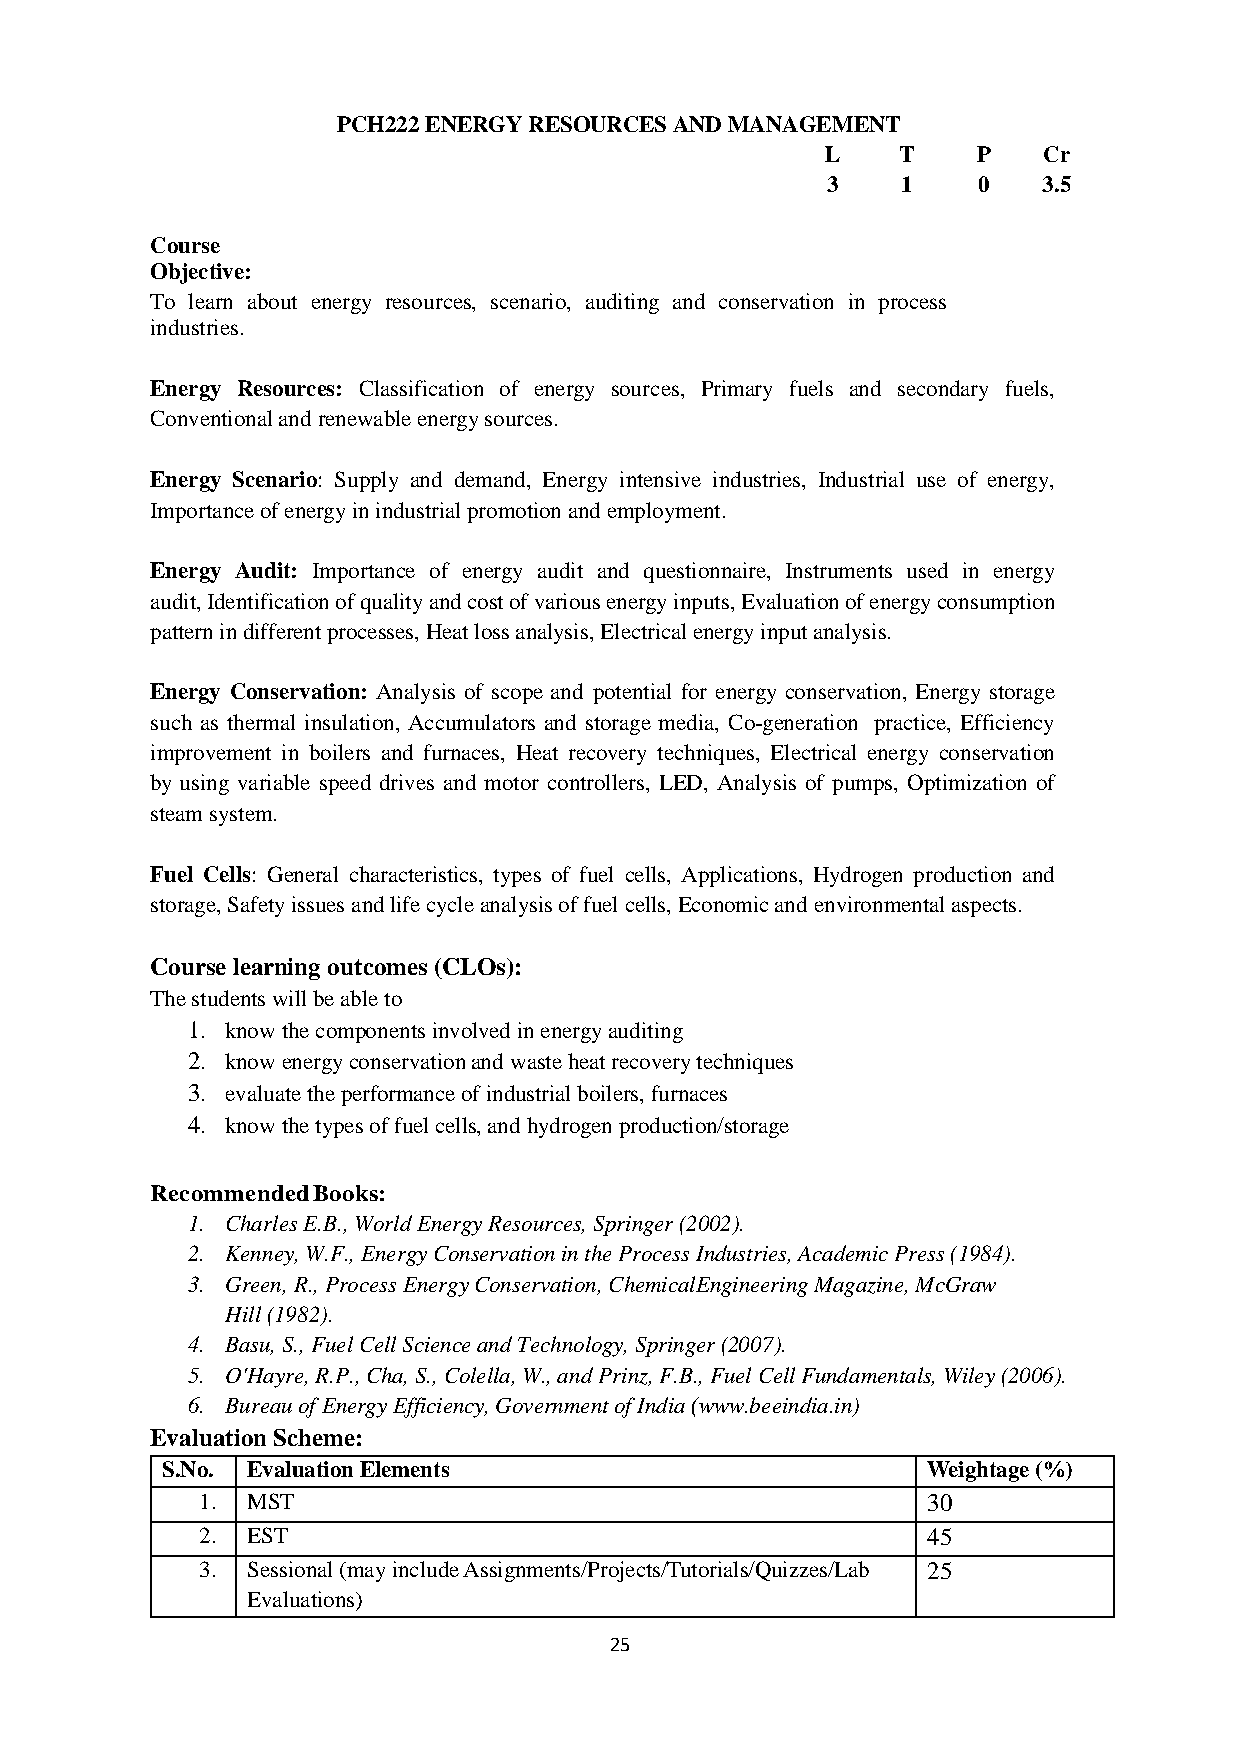
PCH222 ENERGY RESOURCES AND MANAGEMENT
 L   T     P   Cr
 3    1    0   3.5
 Course
 Objective:
 To learn about energy resources, scenario, auditing and conservation in process
 industries.
 Energy Resources: Classification of energy sources, Primary fuels and secondary fuels,
 Conventional and renewable energy sources.
 Energy Scenario: Supply and demand, Energy intensive industries, Industrial use of energy,
 Importance of energy in industrial promotion and employment.
 Energy Audit: Importance of energy audit and questionnaire, Instruments used in energy
 audit, Identification of quality and cost of various energy inputs, Evaluation of energy consumption
 pattern in different processes, Heat loss analysis, Electrical energy input analysis.
 Energy Conservation: Analysis of scope and potential for energy conservation, Energy storage
 such as thermal insulation, Accumulators and storage media, Co-generation practice, Efficiency
 improvement in boilers and furnaces, Heat recovery techniques, Electrical energy conservation
 by using variable speed drives and motor controllers, LED, Analysis of pumps, Optimization of
 steam system.
 Fuel Cells: General characteristics, types of fuel cells, Applications, Hydrogen production and
 storage, Safety issues and life cycle analysis of fuel cells, Economic and environmental aspects.
 Course learning outcomes (CLOs):
 The students will be able to
 1. know the components involved in energy auditing
 2. know energy conservation and waste heat recovery techniques
 3. evaluate the performance of industrial boilers, furnaces
 4. know the types of fuel cells, and hydrogen production/storage
 Recommended Books:
 1. Charles E.B., World Energy Resources, Springer (2002).
 2. Kenney, W.F., Energy Conservation in the Process Industries, Academic Press (1984).
 3. Green, R., Process Energy Conservation, ChemicalEngineering Magazine, McGraw
 Hill (1982).
 4. Basu, S., Fuel Cell Science and Technology, Springer (2007).
 5. O'Hayre, R.P., Cha, S., Colella, W., and Prinz, F.B., Fuel Cell Fundamentals, Wiley (2006).
 6. Bureau of Energy Efficiency, Government of India (www.beeindia.in)
 Evaluation Scheme:
 S.No. Evaluation Elements                         Weightage (%)
 1. MST                                          30
 2. EST                                          45
 3. Sessional (may include Assignments/Projects/Tutorials/Quizzes/Lab 25
 Evaluations)
 25